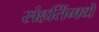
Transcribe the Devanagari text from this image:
संहतिंमधे